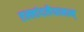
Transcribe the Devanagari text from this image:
एल्लांदलैयानान्